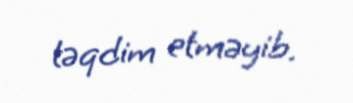
təqdim etməyib.